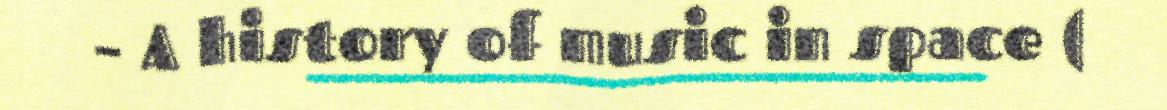
– A history of music in space (